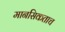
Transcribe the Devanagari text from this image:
मानसिकताच